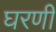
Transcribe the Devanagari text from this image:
घरणी